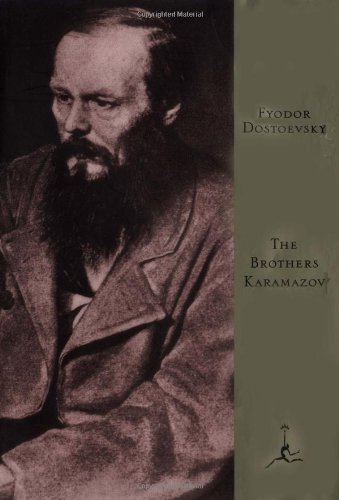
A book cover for The Brothers Karamazov (Modern Library); Fyodor Dostoevsky; Literature & Fiction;